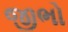
જીભો